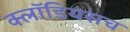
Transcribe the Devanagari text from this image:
क्लॉडियसच